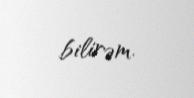
bilirəm.